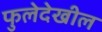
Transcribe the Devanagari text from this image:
फुलेदेखील